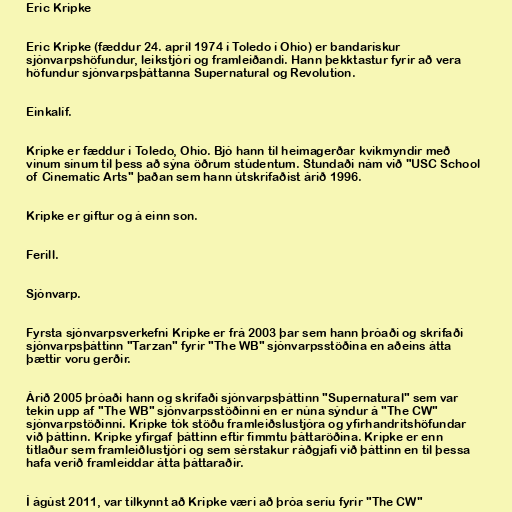
Eric Kripke

Eric Kripke (fæddur 24. apríl 1974 í Toledo í Ohio) er bandarískur
sjónvarpshöfundur, leikstjóri og framleiðandi. Hann þekktastur fyrir að vera
höfundur sjónvarpsþáttanna Supernatural og Revolution.

Einkalíf.

Kripke er fæddur í Toledo, Ohio. Bjó hann til heimagerðar kvikmyndir með
vinum sínum til þess að sýna öðrum stúdentum. Stundaði nám við "USC School
of Cinematic Arts" þaðan sem hann útskrifaðist árið 1996.

Kripke er giftur og á einn son.

Ferill.

Sjónvarp.

Fyrsta sjónvarpsverkefni Kripke er frá 2003 þar sem hann þróaði og skrifaði
sjónvarpsþáttinn "Tarzan" fyrir "The WB" sjónvarpsstöðina en aðeins átta
þættir voru gerðir.

Árið 2005 þróaði hann og skrifaði sjónvarpsþáttinn "Supernatural" sem var
tekin upp af "The WB" sjónvarpsstöðinni en er núna sýndur á "The CW"
sjónvarpstöðinni. Kripke tók stöðu framleiðslustjóra og yfirhandritshöfundar
við þáttinn. Kripke yfirgaf þáttinn eftir fimmtu þáttaröðina. Kripke er enn
titlaður sem framleiðlustjóri og sem sérstakur ráðgjafi við þáttinn en til þessa
hafa verið framleiddar átta þáttaraðir.

Í ágúst 2011, var tilkynnt að Kripke væri að þróa seríu fyrir "The CW"